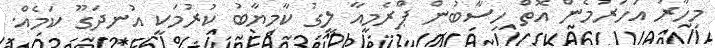
މިހާރު އަހަރުމެން އޮތް ހިސާބުން ޕްރެމިއާ ލީގު ކާމިޔާބު ކުރުމަކީ އުނދަގޫ ކަމެއް.